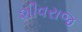
શીવરાજ